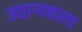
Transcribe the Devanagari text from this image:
उठानवाला